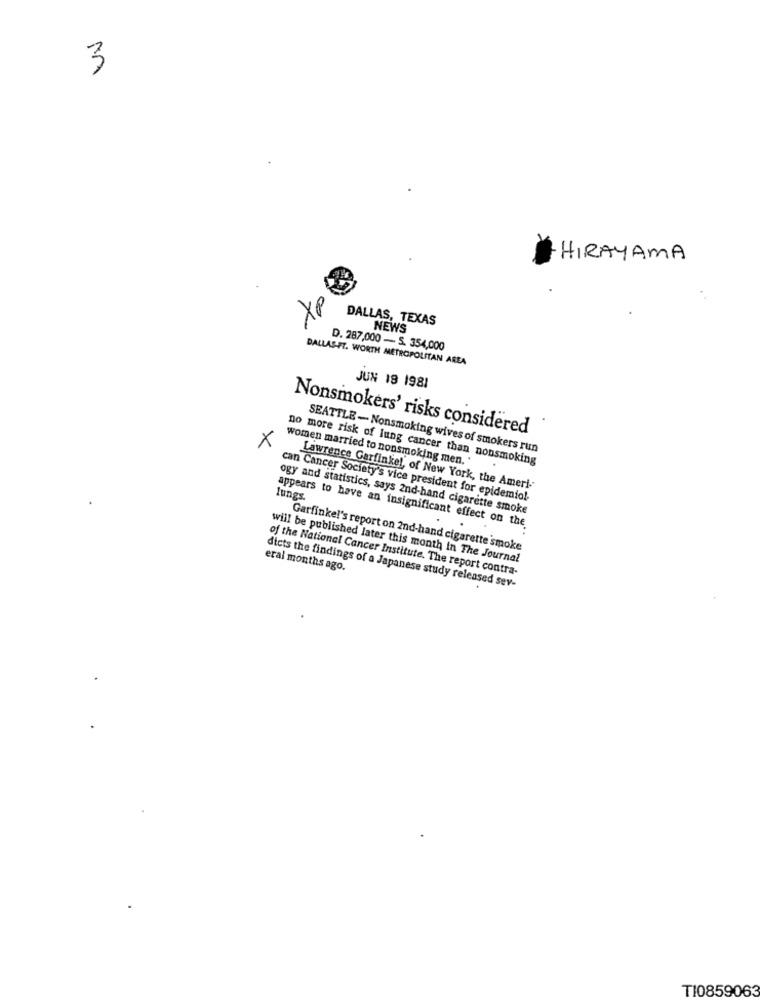
3
HIRAYAMA
XP
DALLAS, TEXAS
NEWS
D. 287,000 - S. 354,000
DALLAS-FT. WORTH METROPOLITAN AREA
JUN 18 1981
Nonsmokers' risks considered
X
SEATTLE - Nonsmoking wives of smokers run
women married to nonsmoking men.'
no more risk of lung cancer than nonsmoking
Lawrence Garfinkel, of New York, the Ameri-
lungs.
can Cancer Society's vice president for epidemio !-
ogy and statistics, says 2nd-hand cigarette smoke
appears to have an insignificant effect on the
.
Garfinkel's report on 2nd-hand cigarette smoke
will be published later this month in The Journal
eral months ago.
of the National Cancer Institute. The report contra-
dicts the findings of a Japanese study released sev-
T10859063